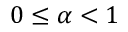
0 \leq \alpha < 1